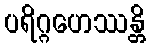
ပရိဂ္ဂဟေဿန္တိ